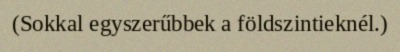
(Sokkal egyszerűbbek a földszintieknél.)